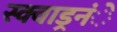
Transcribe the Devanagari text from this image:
स्क्वाड्रनंे